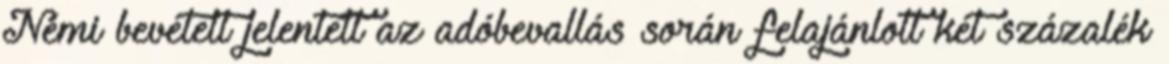
Némi bevételt jelentett az adóbevallás során felajánlott két százalék